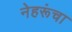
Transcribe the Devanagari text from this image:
नेहरूंचा